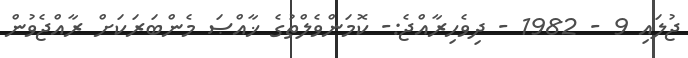
ޖުލައި 9 - 1982 - ދިވެހިރާއްޖެ:- ކޮމަންވެލްތުގެ ޚާއްޞަ މެންބަރަކަށް ރާއްޖެވުން